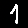
Digit: 1